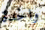
واحدة